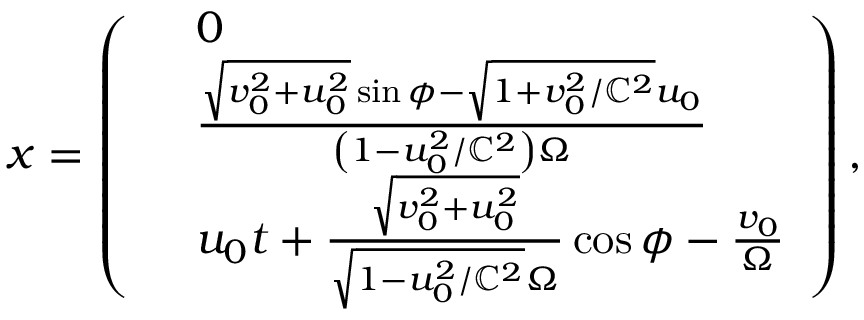
\begin{array} { r } { \boldsymbol { x } = \left( \begin{array} { r l } & { 0 } \\ & { \frac { \sqrt { v _ { 0 } ^ { 2 } + u _ { 0 } ^ { 2 } } \sin \phi - \sqrt { 1 + v _ { 0 } ^ { 2 } / \mathbb { C } ^ { 2 } } u _ { 0 } } { \left( 1 - u _ { 0 } ^ { 2 } / \mathbb { C } ^ { 2 } \right) \Omega } } \\ & { u _ { 0 } t + \frac { \sqrt { v _ { 0 } ^ { 2 } + u _ { 0 } ^ { 2 } } } { \sqrt { 1 - u _ { 0 } ^ { 2 } / \mathbb { C } ^ { 2 } } \Omega } \cos \phi - \frac { v _ { 0 } } { \Omega } } \end{array} \right) , } \end{array}